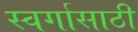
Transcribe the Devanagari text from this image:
स्वर्गासाठी